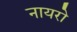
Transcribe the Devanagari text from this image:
नायरो